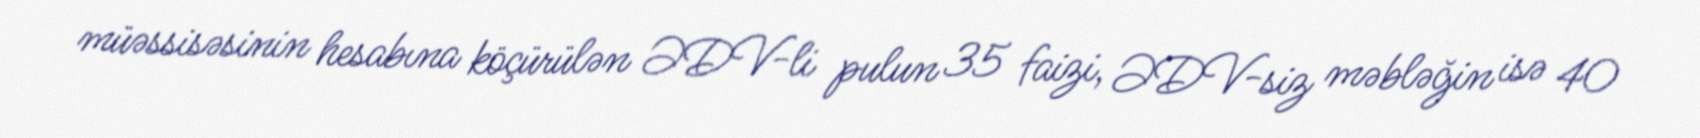
müəssisəsinin hesabına köçürülən ƏDV-li pulun 35 faizi, ƏDV-siz məbləğin isə 40